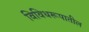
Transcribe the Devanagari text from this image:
विविधरूपातील